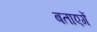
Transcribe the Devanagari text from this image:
बताएगें